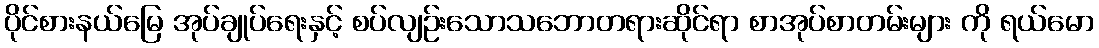
ပိုင်စားနယ်မြေ အုပ်ချုပ်ရေးနှင့် စပ်လျဉ်းသောသဘောတရားဆိုင်ရာ စာအုပ်စာတမ်းများ ကို ရယ်မော